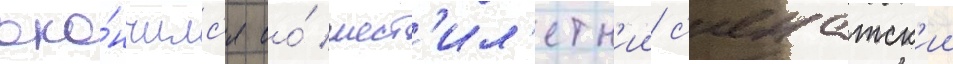
око́нчилс'я ео́ шест'ил'етн'ии с'енатск'ии